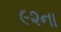
૯૨ના